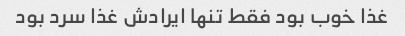
غذا خوب بود فقط تنها ایرادش غذا سرد بود